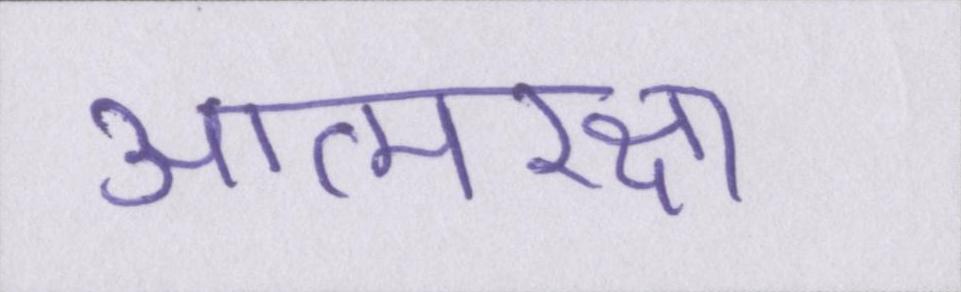
आत्मरक्षा